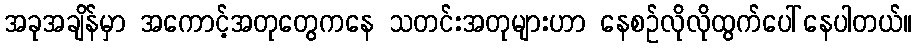
အခုအချိန်မှာ အကောင့်အတုတွေကနေ သတင်းအတုများဟာ နေစဉ်လိုလိုထွက်ပေါ်နေပါတယ်။